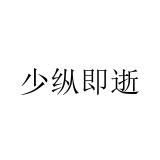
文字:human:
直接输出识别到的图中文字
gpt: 少纵即逝